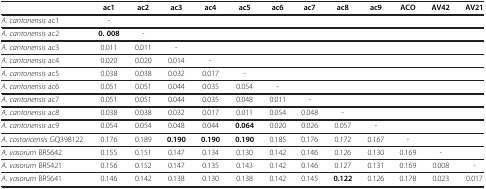
<table><thead><tr><td><b> </b></td><td><b>ac1</b></td><td><b>ac2</b></td><td><b>ac3</b></td><td><b>ac4</b></td><td><b>ac5</b></td><td><b>ac6</b></td><td><b>ac7</b></td><td><b>ac8</b></td><td><b>ac9</b></td><td><b>ACO</b></td><td><b>AV42</b></td><td><b>AV21</b></td></tr></thead><tbody><tr><td><i>A. cantonensis</i> ac1</td><td>-</td><td> </td><td> </td><td> </td><td> </td><td> </td><td> </td><td> </td><td> </td><td> </td><td> </td><td> </td></tr><tr><td><i>A. cantonensis</i> ac2</td><td><b>0. 008</b></td><td>-</td><td> </td><td> </td><td> </td><td> </td><td> </td><td> </td><td> </td><td> </td><td> </td><td> </td></tr><tr><td><i>A. cantonensis</i> ac3</td><td>0.011</td><td>0.011</td><td>-</td><td> </td><td> </td><td> </td><td> </td><td> </td><td> </td><td> </td><td> </td><td> </td></tr><tr><td><i>A. cantonensis</i> ac4</td><td>0.020</td><td>0.020</td><td>0.014</td><td>-</td><td> </td><td> </td><td> </td><td> </td><td> </td><td> </td><td> </td><td> </td></tr><tr><td><i>A. cantonensis</i> ac5</td><td>0.038</td><td>0.038</td><td>0.032</td><td>0.017</td><td>-</td><td> </td><td> </td><td> </td><td> </td><td> </td><td> </td><td> </td></tr><tr><td><i>A. cantonensis</i> ac6</td><td>0.051</td><td>0.051</td><td>0.044</td><td>0.035</td><td>0.054</td><td>-</td><td> </td><td> </td><td> </td><td> </td><td> </td><td> </td></tr><tr><td><i>A. cantonensis</i> ac7</td><td>0.051</td><td>0.051</td><td>0.044</td><td>0.035</td><td>0.048</td><td>0.011</td><td>-</td><td> </td><td> </td><td> </td><td> </td><td> </td></tr><tr><td><i>A. cantonensis</i> ac8</td><td>0.038</td><td>0.038</td><td>0.032</td><td>0.017</td><td>0.011</td><td>0.054</td><td>0.048</td><td>-</td><td> </td><td> </td><td> </td><td> </td></tr><tr><td><i>A. cantonensis</i> ac9</td><td>0.054</td><td>0.054</td><td>0.048</td><td>0.044</td><td><b>0.064</b></td><td>0.020</td><td>0.026</td><td>0.057</td><td>-</td><td> </td><td> </td><td> </td></tr><tr><td><i>A. costaricensis</i> GQ398122</td><td>0.176</td><td>0.189</td><td><b>0.190</b></td><td><b>0.190</b></td><td><b>0.190</b></td><td>0.185</td><td>0.176</td><td>0.172</td><td>0.167</td><td>-</td><td> </td><td> </td></tr><tr><td><i>A. vasorum</i> BR5642</td><td>0.155</td><td>0.151</td><td>0.147</td><td>0.134</td><td>0.130</td><td>0.142</td><td>0.146</td><td>0.126</td><td>0.130</td><td>0.169</td><td>-</td><td> </td></tr><tr><td><i>A. vasorum</i> BR5421</td><td>0.156</td><td>0.152</td><td>0.147</td><td>0.135</td><td>0.143</td><td>0.142</td><td>0.146</td><td>0.127</td><td>0.131</td><td>0.169</td><td>0.008</td><td>-</td></tr><tr><td><i>A. vasorum</i> BR5641</td><td>0.146</td><td>0.142</td><td>0.138</td><td>0.130</td><td>0.138</td><td>0.142</td><td>0.145</td><td><b>0.122</b></td><td>0.126</td><td>0.178</td><td>0.023</td><td>0.017</td></tr></tbody></table>